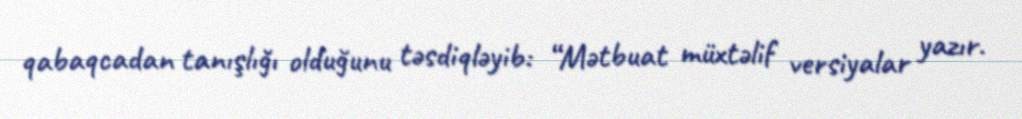
qabaqcadan tanışlığı olduğunu təsdiqləyib: “Mətbuat müxtəlif versiyalar yazır.